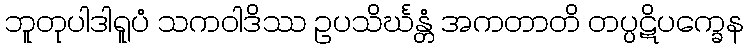
ဘူတုပါဒါရူပံ သကဝါဒိဿ ဥပသိင်္ဃန္တံ အကတာတိ တပ္ပဋိပက္ခေန